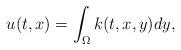
LaTeX: \begin{align*}u(t,x)=\int_{\Omega}k(t,x,y)dy,\end{align*}